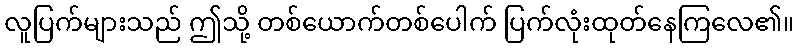
လူပြက်များသည် ဤသို့ တစ်ယောက်တစ်ပေါက် ပြက်လုံးထုတ်နေကြလေ၏။